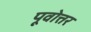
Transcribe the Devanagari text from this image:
पूवोत्तर